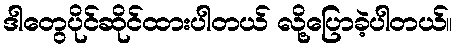
ဒါတွေပိုင်ဆိုင်ထားပါတယ် လို့ပြောခဲ့ပါတယ်။